Insane asylums in Bengal annual reports 1867-1875 - 1867-1875
Year: 1867
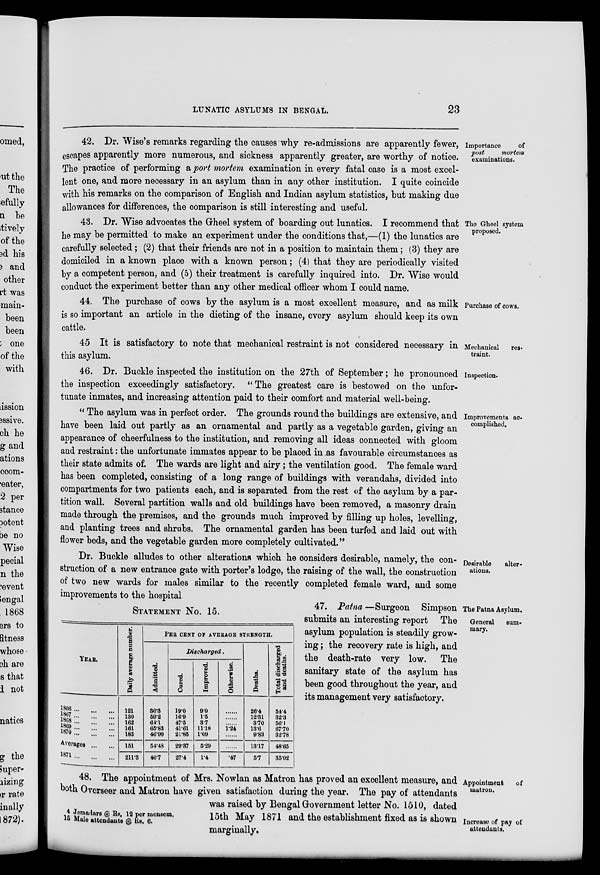
LUNATIC ASYLUMS IN BENGAL.
23
Importance
of
post
mortem
examinations.
42. Dr. Wise's remarks regarding the causes why re-admissions are apparently fewer,
escapes apparently more numerous, and sickness apparently greater, are worthy of notice.
The practice of performing a port mortem examination in every fatal case is a most excel-
lent one, and more necessary in an asylum than in any other institution. I quite coincide
with his remarks on the comparison of English and Indian asylum statistics, but making due
allowances for differences, the comparison is still interesting and useful.
The Gheel system
proposed.
43. Dr. Wise advocates the Gheel system of boarding out lunatics. I recommend that
he may be permitted to make an experiment under the conditions that,—(1) the lunatics are
carefully selected ; (2) that their friends are not in a position to maintain them ; (3) they are
domiciled in a known place with a known person ; (4) that they are periodically visited
by a competent person, and (5) their treatment is carefully inquired into. Dr. Wise would
conduct the experiment better than any other medical officer whom I could name.
Purchase of cows.
44. The purchase of cows by the asylum is a most excellent measure, and as milk
is so important an article in the dieting of the insane, every asylum should keep its own
cattle.
Mechanical res-
traint.
45 It is satisfactory to note that mechanical restraint is not considered necessary in
this asylum.
Inspection.
46. Dr. Buckle inspected the institution on the 27th of September ; he pronounced
the inspection exceedingly satisfactory. " The greatest care is bestowed on the unfor-
tunate inmates, and increasing attention paid to their comfort and material well-being.
Improvements ac-
complished.
" The asylum was in perfect order. The grounds round the buildings are extensive, and
have been laid out partly as an ornamental and partly as a vegetable garden, giving an
appearance of cheerfulness to the institution, and removing all ideas connected with gloom
and restraint : the unfortunate immates appear to be placed in as favourable circumstances as
their state admits of. The wards are light and airy ; the ventilation good. The female ward
has been completed, consisting of a long range of buildings with verandahs, divided into
compartments for two patients each, and is separated from the rest of the asylum by a par-
tition wall. Several partition walls and old buildings have been removed, a masonry drain
made through the premises, and the grounds much improved by filling up holes, levelling,
and planting trees and shrubs. The ornamental garden has been turfed and laid out with
flower beds, and the vegetable garden more completely cultivated."
Desirable
alter-
ations.
Dr. Buckle alludes to other alterations which he considers desirable, namely, the con-
struction of a new entrance gate with porter's lodge, the raising of the wall, the construction
of two new wards for males similar to the recently completed female ward, and some
improvements to the hospital
The Patna Asylum.
General
sum-
mary.
STATEMENT No. 15.
YEAR.
1866 ... ... ...
1867 ... ... ...
1868 ... ... ...
1869 ... ... ...
1870 ... ... ...
Averages ... ...
1871 ... ... ...
Daily average number.
121
130
162
161
183
151
211.3
PER CENT OF AVERAGE STRENGTH.
Admitted.
36.3
59.2
64.1
65.83
46.99
54.48
40.7
Discharged.
Cured.
19.0
16.9
47.5
41.61
21.85
29.37
27.4
Improved.
9.0
1.5
3.7
11.18
1.09
5.29
1.4
Otherwise.
......
......
......
1.24
......
......
.47
Deaths.
26.4
12.31
3.70
13.6
9.83
13.17
5.7
Total discharged
and deaths.
54.4
32.3
56.1
67.70
32.78
48.65
35.02
47. Patna —Surgeon Simpson
submits an interesting report The
asylum population is steadily grow-
ing ; the recovery rate is high, and
the death-rate very low. The
sanitary state of the asylum has
been good throughout the year, and
its management very satisfactory.
Appointment
of
matron.
Increase of pay of
attendants.
4 Jemadars @ Rs. 12 per mensem.
15 Male attendants @ Rs. 6.
48. The appointment of Mrs. Nowlan as Matron has proved an excellent measure, and
both Overseer and Matron have given satisfaction during the year. The pay of attendants
was raised by Bengal Government letter No. 1510, dated
15th May 1871 and the establishment fixed as is shown
marginally.